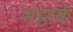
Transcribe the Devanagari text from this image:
भट्टार्क